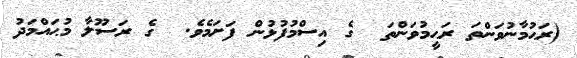
(ރަޙުމާނުވަންތަ ރަޙީމުވަންތަ  ގެ އިސްމުފުޅުން ފަށަމެވެ.  ގެ ރަސޫލާ މުޙައްމަދު